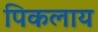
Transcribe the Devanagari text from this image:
पिकलाय